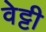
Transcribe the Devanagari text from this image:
वेट्टी